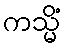
ကသ္မိံ